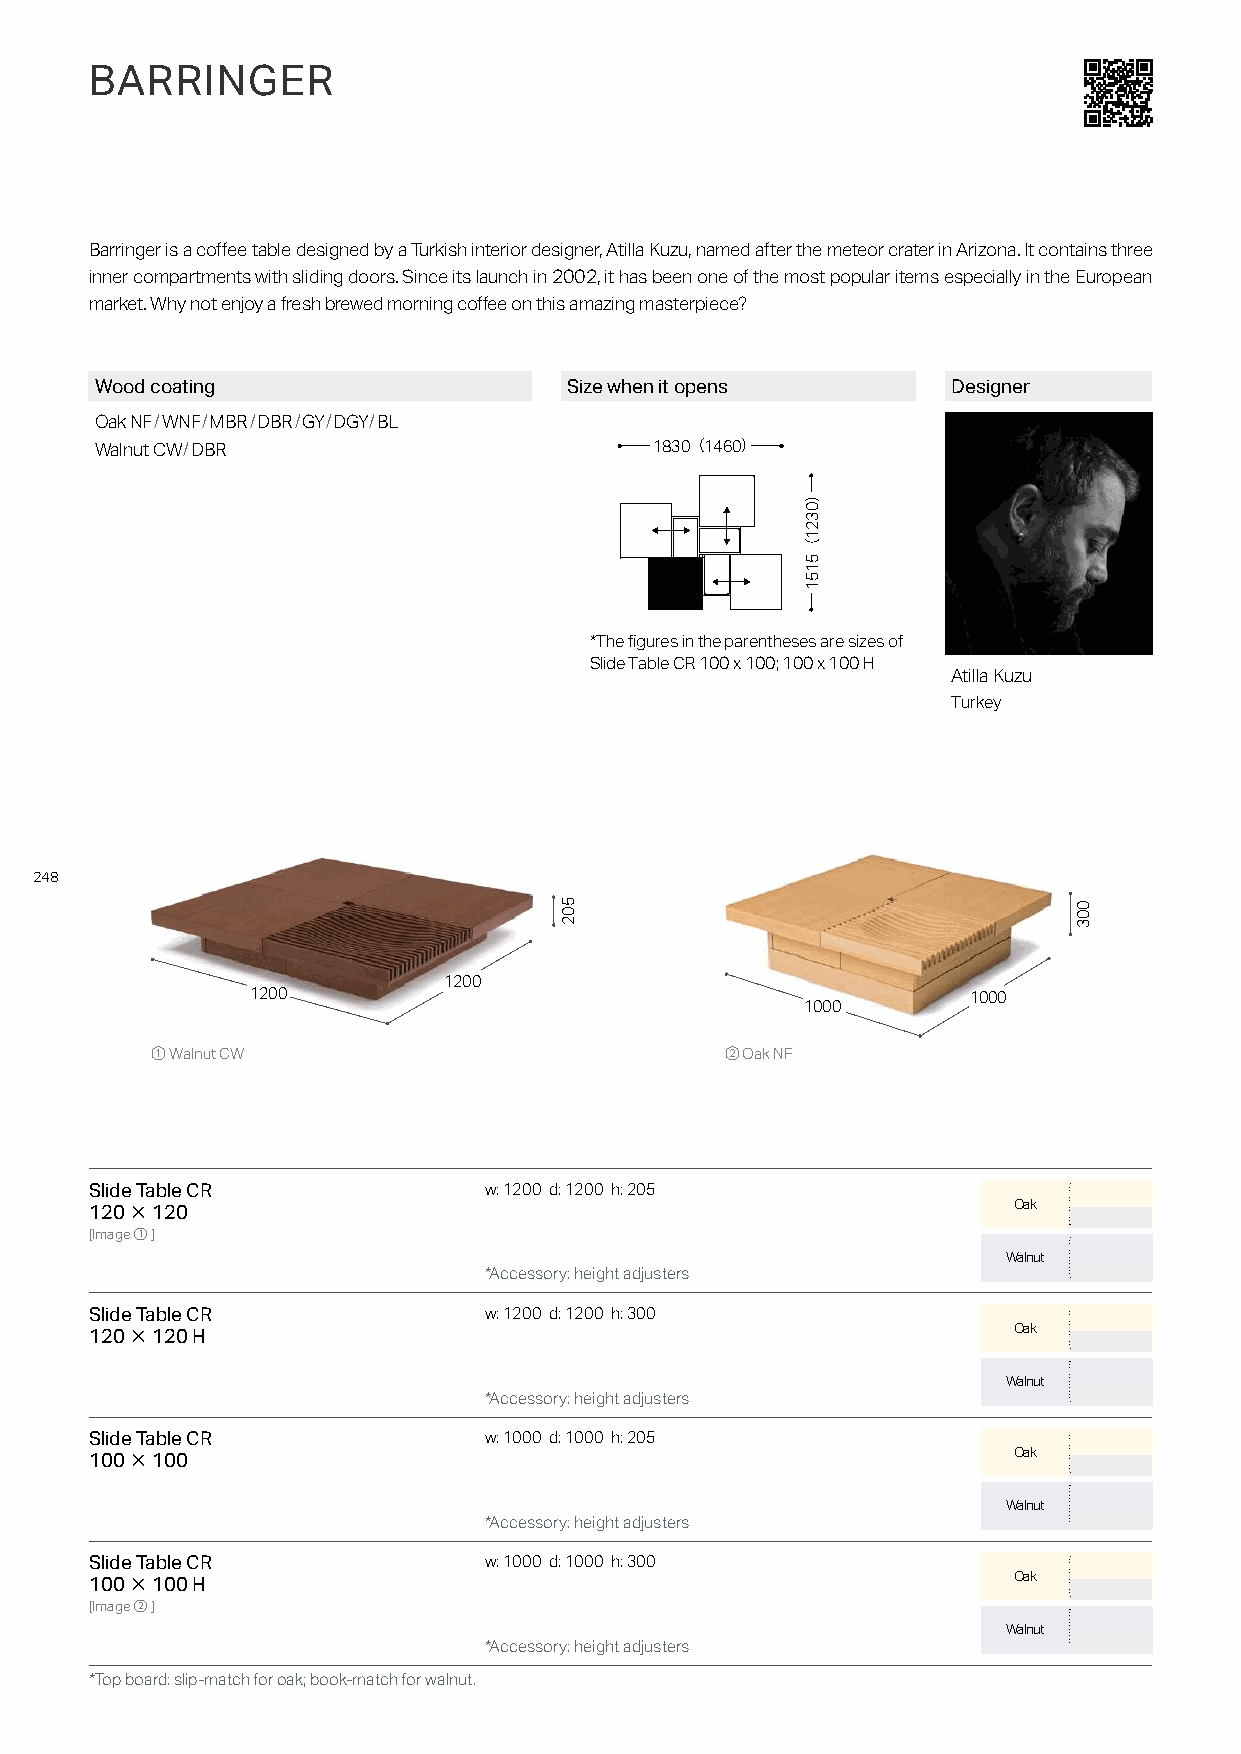
BARRINGER
 Barringer is a coffee table designed by a Turkish interior designer, Atilla Kuzu, named after the meteor crater in Arizona. It contains three
 inner compartments with sliding doors. Since its launch in 2002, it has been one of the most popular items especially in the European
 market. Why not enjoy a fresh brewed morning coffee on this amazing masterpiece?
 Wood coating                    Size when it opens       Designer
 Oak NF/WNF/MBR/DBR/GY/DGY/BL
 Walnut CW/DBR                        1830（1460）
 *The figures in the parentheses are sizes of
 Slide Table CR 100 x 100; 100 x 100 H
 Atilla Kuzu
 Turkey
 248
 1200
 1200                                           1000
 1000
 ① Walnut CW                           ② Oak NF
 Slide Table CR            w: 1200 d: 1200 h: 205
 Oak
 120×120
 [Image①]
 Walnut
 *Accessory: height adjusters
 Slide Table CR            w: 1200 d: 1200 h: 300
 Oak
 120×120 H
 Walnut
 *Accessory: height adjusters
 Slide Table CR            w: 1000 d: 1000 h: 205
 Oak
 100×100
 Walnut
 *Accessory: height adjusters
 Slide Table CR            w: 1000 d: 1000 h: 300
 Oak
 100×100 H
 [Image②]
 Walnut
 *Accessory: height adjusters
 *Top board: slip-match for oak; book-match for walnut.
 502
 ）0321（5151
 003